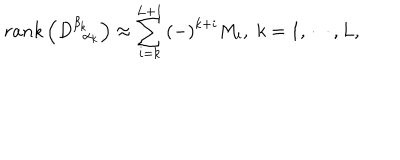
r a n k \left( D _ { \; \; \alpha _ { k } } ^ { \beta _ { k } } \right) \approx \sum _ { i = k } ^ { L + 1 } \left( - \right) ^ { k + i } M _ { i } , \; k = 1 , \cdots , L ,